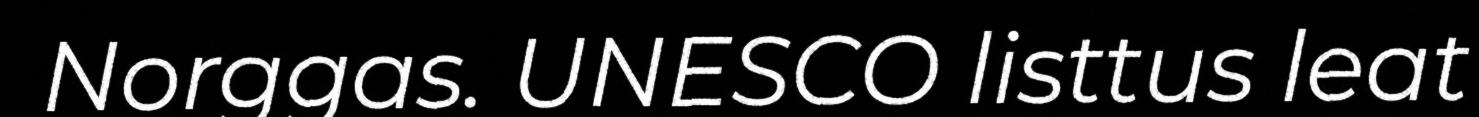
Norggas. UNESCO listtus leat